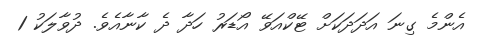
އެންމެ ގިނަ އަދަދަކަށް ޓޭކްއަވޭ އޯޑަރު ހަދާ ދެ ކާނާއެވެ. ދުވާލަކު 1